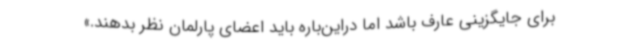
برای جایگزینی عارف باشد اما دراین‌باره باید اعضای پارلمان نظر بدهند.»